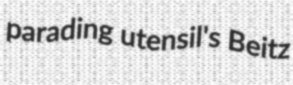
parading utensil's Beitz